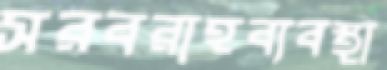
সরবরাহব্যবস্থা